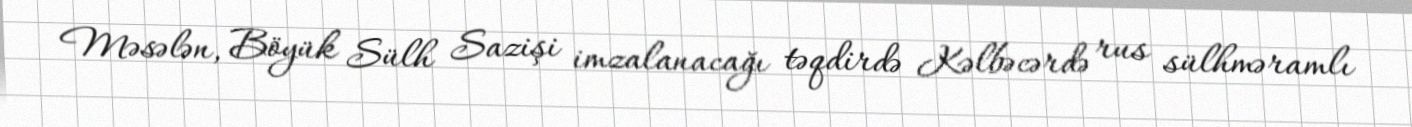
Məsələn, Böyük Sülh Sazişi imzalanacağı təqdirdə Kəlbəcərdə rus sülhməramlı